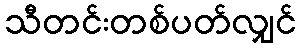
သီတင်းတစ်ပတ်လျှင်